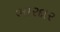
ભારદાર